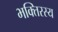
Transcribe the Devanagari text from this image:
भक्तिरस्य